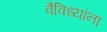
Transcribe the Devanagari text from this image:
वैविध्यांना